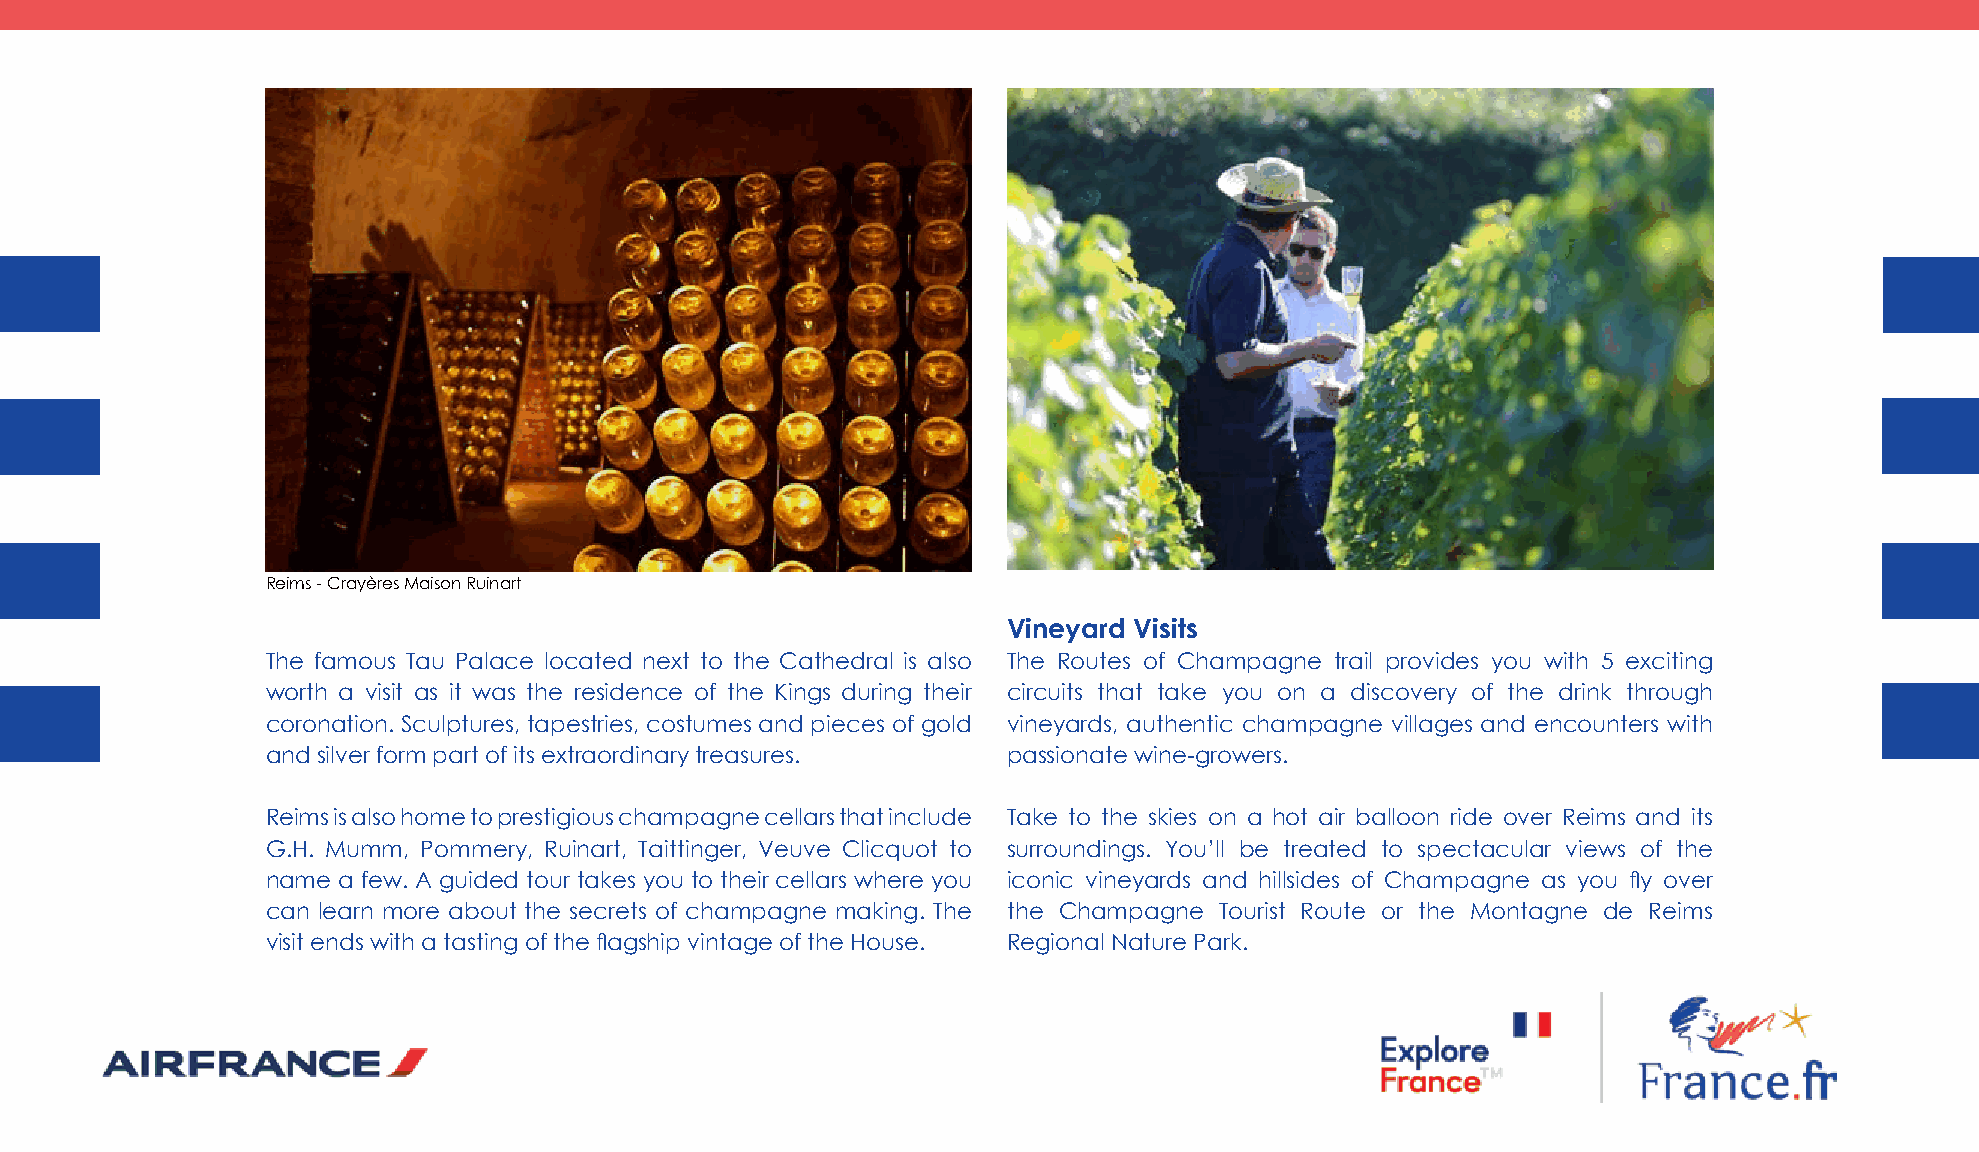
Reims - Crayères Maison Ruinart
 Vineyard Visits
 The famous Tau Palace located next to the Cathedral is also The Routes of Champagne trail provides you with 5 exciting
 worth a visit as it was the residence of the Kings during their circuits that take you on a discovery of the drink through
 coronation. Sculptures, tapestries, costumes and pieces of gold vineyards, authentic champagne villages and encounters with
 and silver form part of its extraordinary treasures. passionate wine-growers.
 Reims is also home to prestigious champagne cellars that include Take to the skies on a hot air balloon ride over Reims and its
 G.H. Mumm, Pommery, Ruinart, Taittinger, Veuve Clicquot to surroundings. You’ll be treated to spectacular views of the
 name a few. A guided tour takes you to their cellars where you iconic vineyards and hillsides of Champagne as you fly over
 can learn more about the secrets of champagne making. The the Champagne Tourist Route or the Montagne de Reims
 visit ends with a tasting of the flagship vintage of the House. Regional Nature Park.